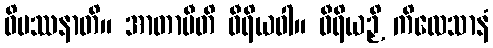
ဝိပဿနာတိ။ အာတာပီတိ ဝီရိယဝါ။ ဝီရိယဉှိ ကိလေသာနံ